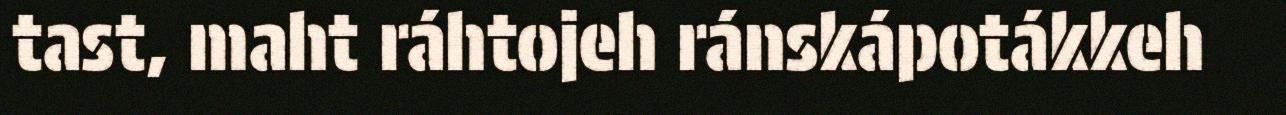
tast, maht ráhtojeh ránskápotákkeh